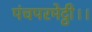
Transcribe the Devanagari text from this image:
पंचपरमेट्ठी।।